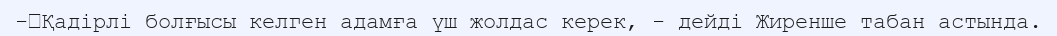
-	Қадірлі болғысы келген адамға үш жолдас керек, - дейді Жиренше табан астында.